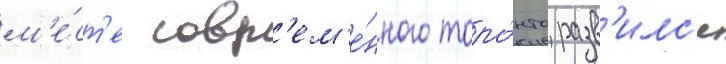
м'е́ст'е совр'ем'е́нного торо́нто разв'илс'я